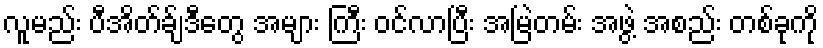
လူမည်း ပီအိတ်ခ်ျဒီတွေ အများ ကြီး ဝင်လာပြီး အမြဲတမ်း အဖွဲ့ အစည်း တစ်ခုကို